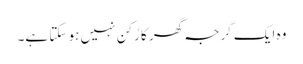
وہ ایک گرجہ گھر کا رُکن نہیں ہو سکتا ہے۔